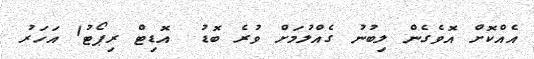
އެއްކޮށް އޮވެގެން ލިބުނު ގެއްލުމަށް ވުރެ ބޮޑު  އޮޑިޓް ރިޕޯޓު1 އަހަރު